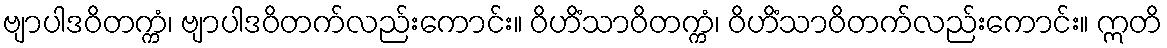
ဗျာပါဒဝိတက္ကံ၊ ဗျာပါဒဝိတက်လည်းကောင်း။ ဝိဟိံသာဝိတက္ကံ၊ ဝိဟိံသာဝိတက်လည်းကောင်း။ ဣတိ